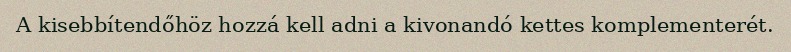
A kisebbítendőhöz hozzá kell adni a kivonandó kettes komplementerét.